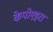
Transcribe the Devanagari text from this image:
केपोएइरा